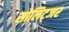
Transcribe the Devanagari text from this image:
सोलिट्जर